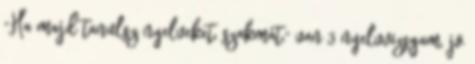
"Ha majd tanulsz nyelveket, szakmát," van 3 nyelvvizsgam, jo